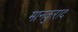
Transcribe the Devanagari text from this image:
मानकुराद